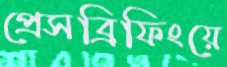
প্রেসব্রিফিংয়ে